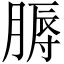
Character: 𦞹